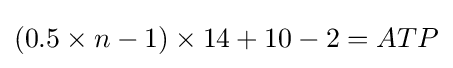
(0.5\times n-1)\times 14+10-2=ATP